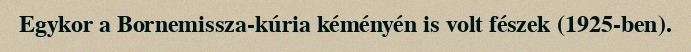
Egykor a Bornemissza-kúria kéményén is volt fészek (1925-ben).